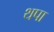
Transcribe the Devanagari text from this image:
थपा